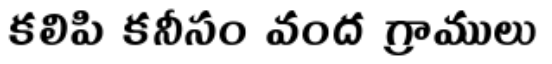
కలిపి కనీసం వంద గ్రాములు